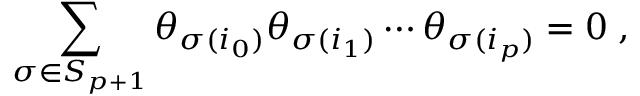
\sum _ { \sigma \in S _ { p + 1 } } \theta _ { \sigma ( i _ { 0 } ) } \theta _ { \sigma ( i _ { 1 } ) } \cdots \theta _ { \sigma ( i _ { p } ) } = 0 \; ,